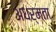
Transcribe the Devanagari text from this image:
अधर्मता